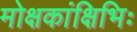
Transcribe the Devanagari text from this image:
मोक्षकांक्षिभिः